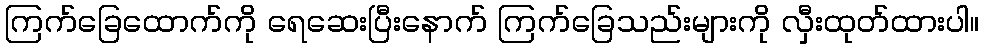
ကြက်ခြေထောက်ကို ရေဆေးပြီးနောက် ကြက်ခြေသည်းများကို လှီးထုတ်ထားပါ။